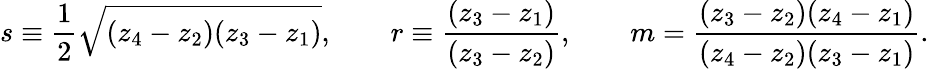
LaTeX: \begin{array}{l}{\displaystyle{s\equiv\frac{1}{2}\sqrt{(z_{4}-z_{2})(z_{3}-z_{1})},\qquad r\equiv\frac{(z_{3}-z_{1})}{(z_{3}-z_{2})},\qquad m=\frac{(z_{3}-z_{2})(z_{4}-z_{1})}{(z_{4}-z_{2})(z_{3}-z_{1})}.}}\end{array}